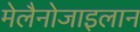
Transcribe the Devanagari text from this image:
मेलैनोजाइलान